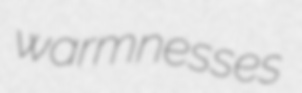
warmnesses